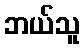
ဘယ်သူ